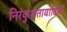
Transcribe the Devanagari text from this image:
निरंकुशतावादियों